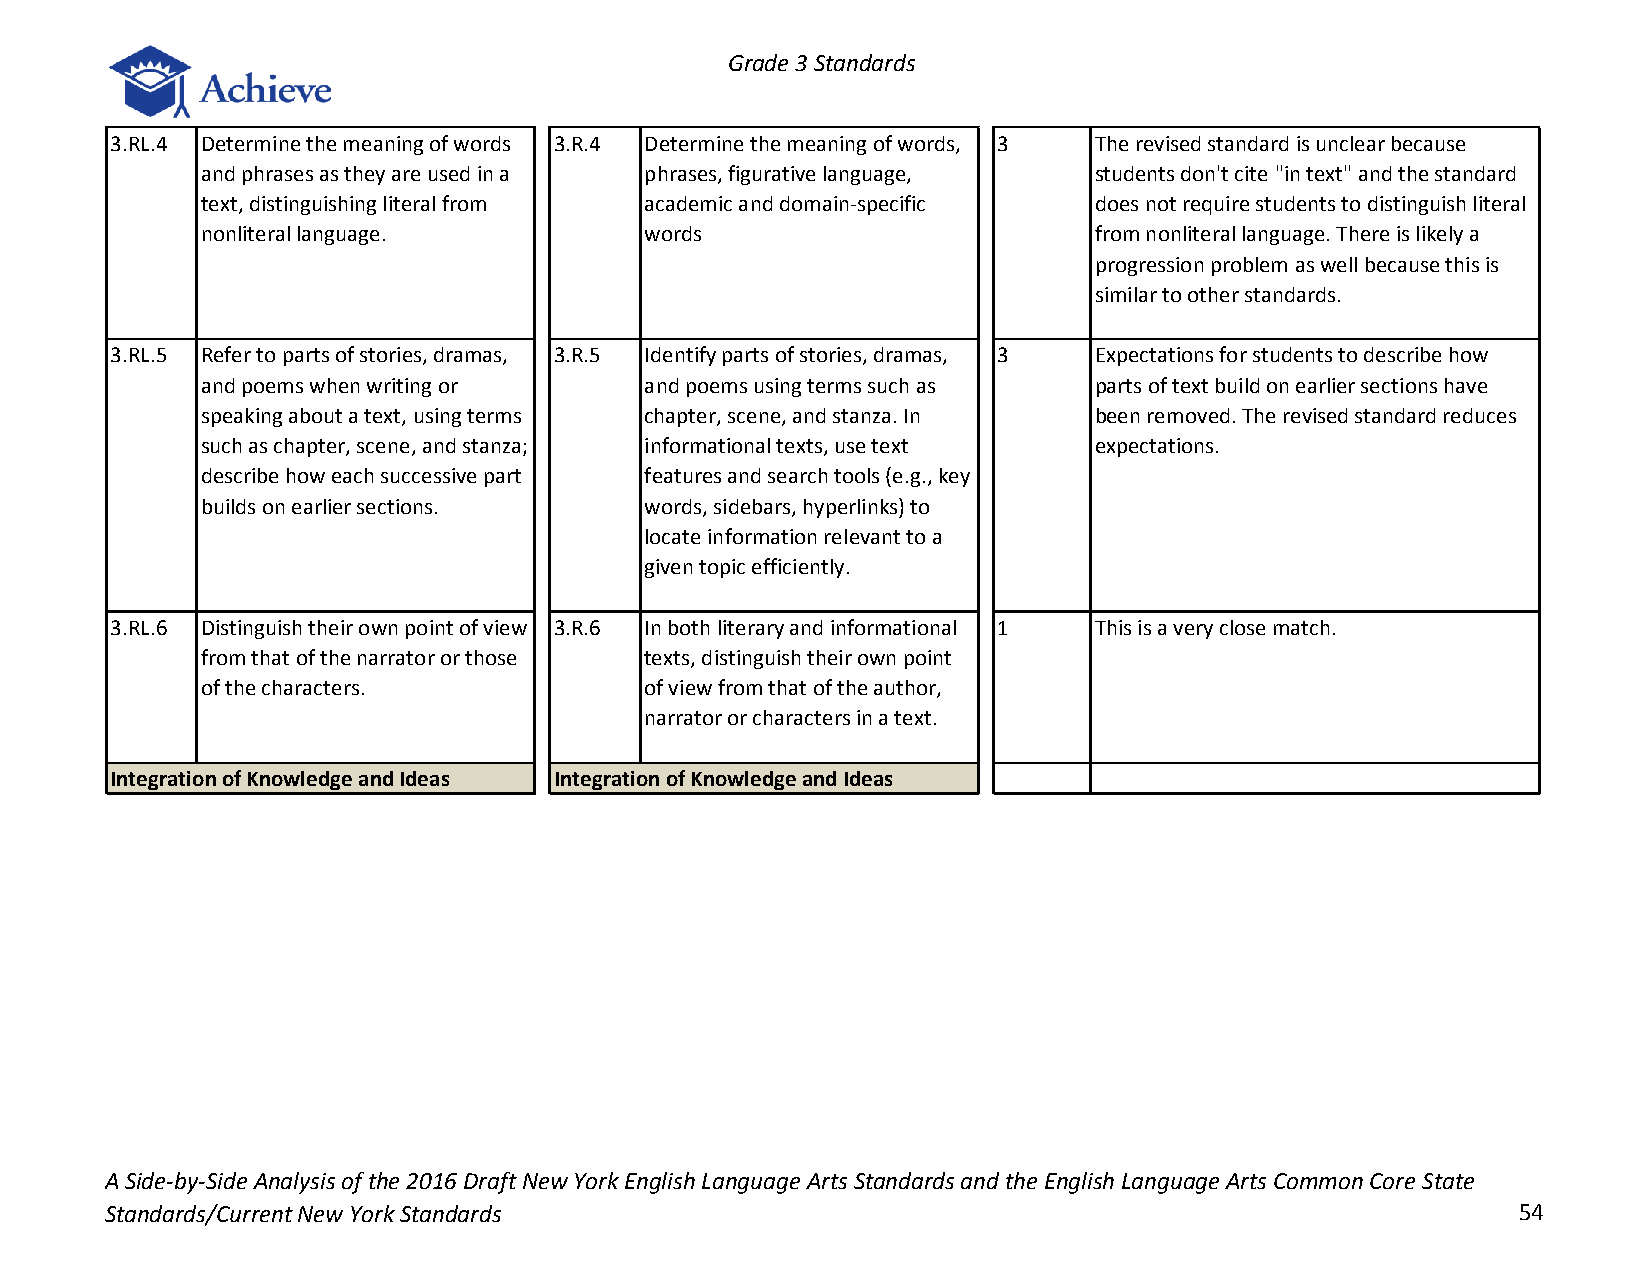
Grade 3 Standards
 3.RL.4 Determine the meaning of words 3.R.4 Determine the meaning of words, 3 The revised standard is unclear because
 and phrases as they are used in a phrases, figurative language, students don't cite "in text" and the standard
 text, distinguishing literal from academic and domain-specific does not require students to distinguish literal
 nonliteral language.          words                        from nonliteral language. There is likely a
 progression problem as well because this is
 similar to other standards.
 3.RL.5 Refer to parts of stories, dramas, 3.R.5 Identify parts of stories, dramas, 3 Expectations for students to describe how
 and poems when writing or     and poems using terms such as parts of text build on earlier sections have
 speaking about a text, using terms chapter, scene, and stanza. In been removed. The revised standard reduces
 such as chapter, scene, and stanza; informational texts, use text expectations.
 describe how each successive part features and search tools (e.g., key
 builds on earlier sections.   words, sidebars, hyperlinks) to
 locate information relevant to a
 given topic efficiently.
 3.RL.6 Distinguish their own point of view 3.R.6 In both literary and informational 1 This is a very close match.
 from that of the narrator or those texts, distinguish their own point
 of the characters.            of view from that of the author,
 narrator or characters in a text.
 Integration of Knowledge and Ideas Integration of Knowledge and Ideas
 A Side-by-Side Analysis of the 2016 Draft New York English Language Arts Standards and the English Language Arts Common Core State
 Standards/Current New York Standards                                                         54